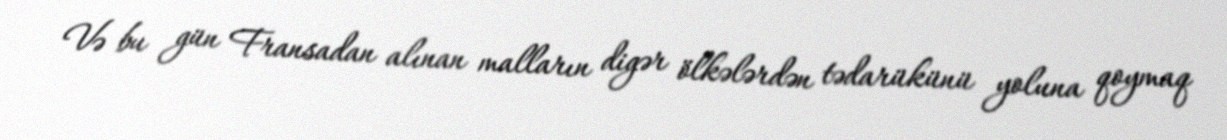
Və bu gün Fransadan alınan malların digər ölkələrdən tədarükünü yoluna qoymaq